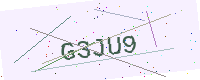
Text: G3JU9